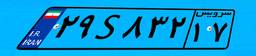
۹۲S۰۹۵۱۵